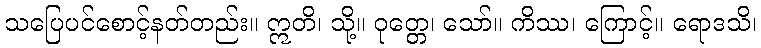
သပြေပင်စောင့်နတ်တည်း။ ဣတိ၊ သို့။ ဝုတ္တေ၊ သော်။ ကိဿ၊ ကြောင့်။ ရောဒသိ၊